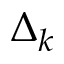
\Delta _ { k }